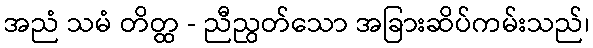
အညံ သမံ တိတ္ထ - ညီညွတ်သော အခြားဆိပ်ကမ်းသည်၊